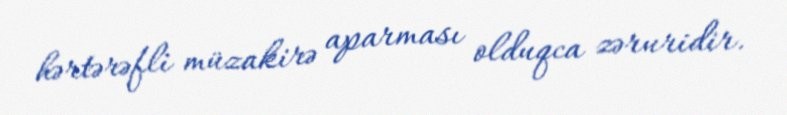
hərtərəfli müzakirə aparması olduqca zəruridir.